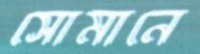
সোমানে